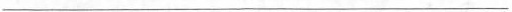
___